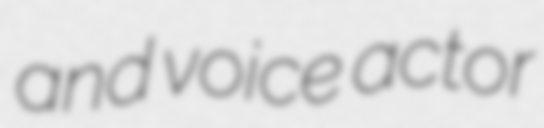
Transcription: and voice actor